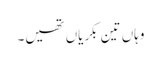
وہاں تین بکریاں تھیں۔